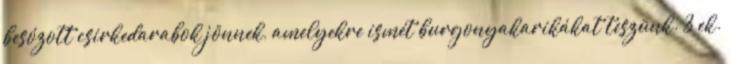
besózott csirkedarabok jönnek, amelyekre ismét burgonyakarikákat teszünk. 3 ek.